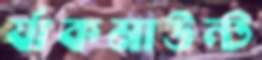
র‍্যাকমাউন্ট